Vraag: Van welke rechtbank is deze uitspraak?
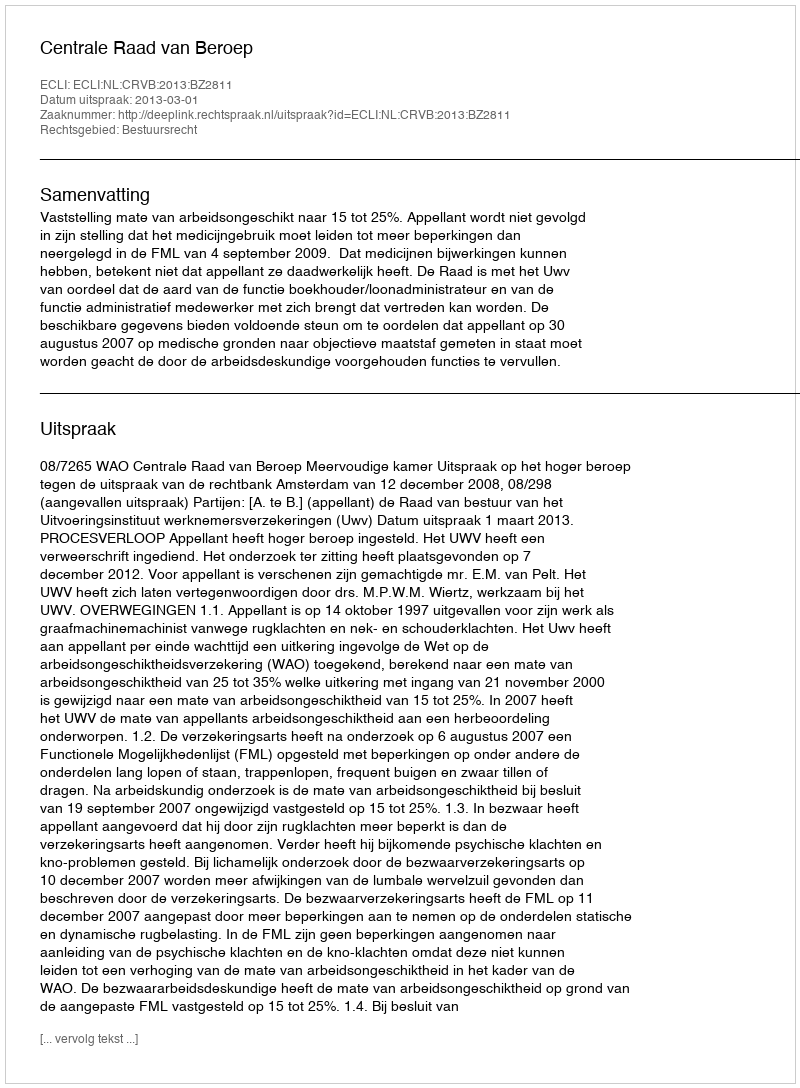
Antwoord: Centrale Raad van Beroep